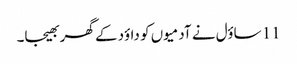
11 ساؤل نے آدمیوں کو داؤد کے گھر بھیجا۔